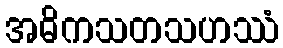
အဓိကသတသဟဿံ